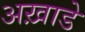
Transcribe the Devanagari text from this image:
अख़ाडे